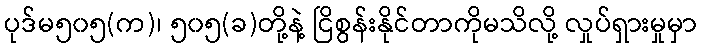
ပုဒ်မ၅၀၅(က)၊ ၅၀၅(ခ)တို့နဲ့ ငြိစွန်းနိုင်တာကိုမသိလို့ လှုပ်ရှားမှုမှာ